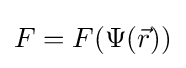
F=F(\Psi ({\vec {r}}))